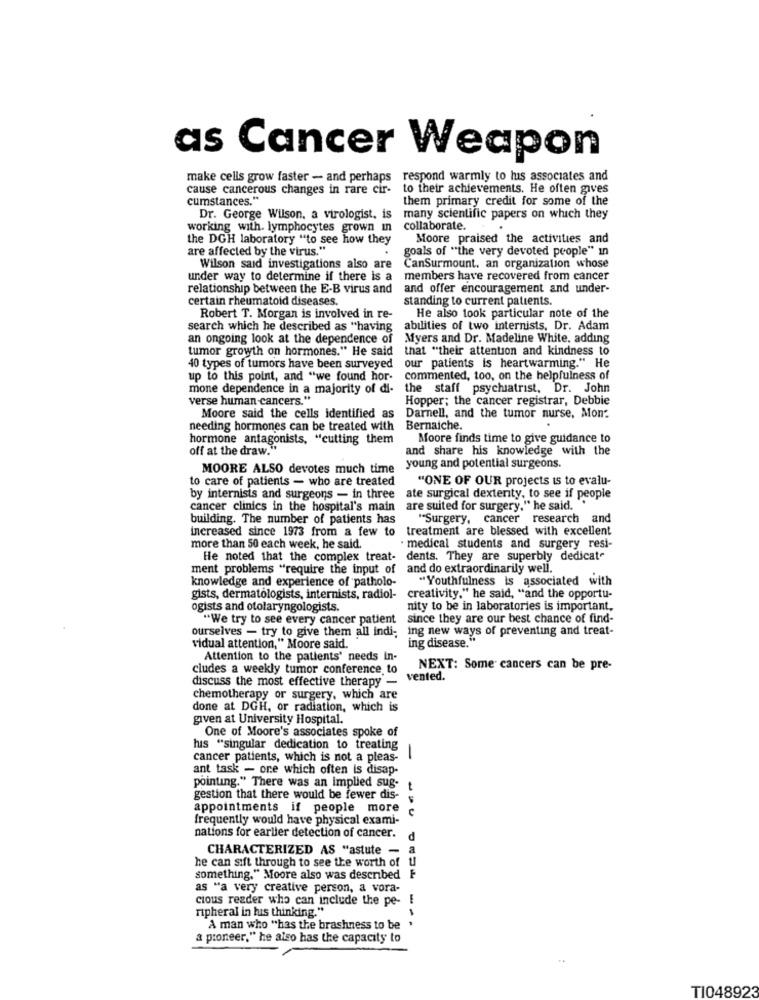
as Cancer Weapon
make cells grow faster - and perhaps respond warmly to luis associates and
cause cancerous changes in rare cir-
to their achievements. He often gives
cumstances."
them primary credit for some of the
Dr. George Wilson, a virologist, is
many scientific papers on which they
working with. lymphocytes grown in
collaborate.
the DGH laboratory "to see how they
Moore praised the activities and
are affected by the virus."
goals of "the very devoted people" in
Wilson said investigations also are
CanSurmount, an organization whose
under way to determine if there is a
members have recovered from cancer
relationship between the E-B virus and
and offer encouragement and under-
certain rheumatoid diseases.
standing to current patients.
Robert T. Morgan is involved in re-
He also took particular note of the
search which he described as "having
abilities of two internists. Dr. Adam
an ongoing look at the dependence of
Myers and Dr. Madeline White, adding
tumor growth on hormones." He said
that "their attention and kindness to
our patients is heartwarming." He
40 types of tumors have been surveyed
up to this point, and "we found hor-
commented, too, on the helpfulness of
mone dependence in a majority of di-
the staff psychiatrist, Dr. John
verse human cancers."
Hopper; the cancer registrar, Debbie
Moore said the cells identified as
Darnell, and the tumor nurse, Mon:
needing hormones can be treated with
Bernaiche.
hormone antagonists, "cutting them
Moore finds time to give guidance to
off at the draw."
and share his knowledge with the
MOORE ALSO devotes much time
young and potential surgeons.
to care of patients - who are treated
"ONE OF OUR projects is to evalu-
by internisis and surgeons - in three
ate surgical dexterity, to see if people
cancer clinics in the hospital's main
are suited for surgery," he said.
building. The number of patients has
"Surgery, cancer research and
increased since 1973 from a few to treatment are blessed with excellent
more than 50 each week, he said.
· medical students and surgery resi-
He noted that the complex treat- dents. They are superbly dedicat"
ment problems "require the input of and do extraordinarily well.
knowledge and experience of patholo-
"Youthfulness is associated with
gists, dermatologists, internists, radiol-
creativity." he said, "and the opportu-
ogists and otolaryngologists.
nity to be in laboratories is important,
"We try to see every cancer patient
since they are our best chance of find-
ourselves - try to give them all indi-
ing new ways of preventing and treat-
ing disease."
vidual attention," Moore said.
Attention to the patients' needs in-
cludes a weekly tumor conference to
NEXT: Some cancers can be pre-
discuss the most effective therapy -
vented.
chemotherapy or surgery, which are
done at DGH, or radiation, which is
given at University Hospital.
One of Moore's associates spoke of
huis "singular dedication to treating
cancer patients, which is not a pleas-
1
ant task - one which often is disap-
pointing." There was an implied sug-
gestion that there would be fewer dis-
appointments if people more
C
frequently would have physical exami-
nations for earlier detection of cancer.
d
CHARACTERIZED AS "astute - a
he can sift through to see the worth of u
something." Moore also was described F
as "a very creative person, a vora-
cious reader who can include the pe- E
ripheral in his thinking."
---
A man who "has the brashness to be
& pioneer," he also has the capacity to
TI048923